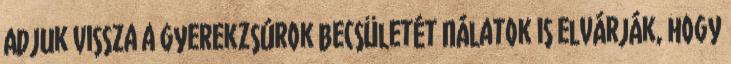
Adjuk vissza a gyerekzsúrok becsületét Nálatok is elvárják, hogy